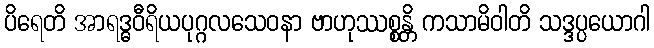
ပိရေတိ အာရဒ္ဓဝီရိယပုဂ္ဂလသေဝနာ ဗာဟုဿစ္စန္တိ ကသာမိဝါတိ သဒ္ဒပ္ပယောဂါ